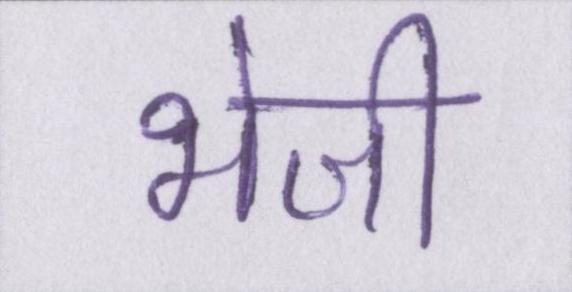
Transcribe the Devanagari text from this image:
भेजी